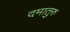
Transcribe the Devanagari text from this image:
दमातुरु